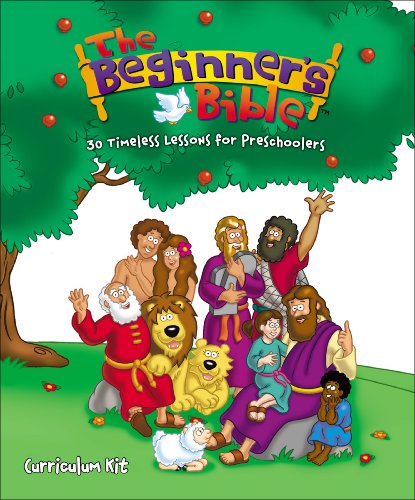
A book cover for The Beginner's Bible Curriculum Kit: 30 Timeless Lessons for Preschoolers; Zondervan; Christian Books & Bibles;